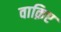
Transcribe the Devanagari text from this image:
वाक़िए